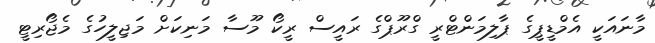
މާނައަކީ އެމްޑީޕީގެ ޕާލިމަންޓްރީ ގްރޫޕްގެ ރައީސް ރީކޯ މޫސާ މަނިކަށް މަޖިލީހުގެ މެޖޯރިޓީ